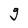
Character: g